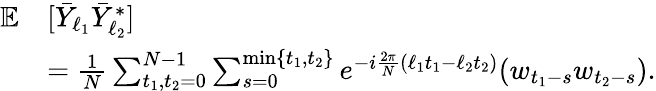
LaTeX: \begin{array}{rl}{{\mathbb E}}&{[\bar{Y}_{\ell_{1}}\bar{Y}_{\ell_{2}}^{*}]}\\ &{=\frac{1}{N}\sum_{t_{1},t_{2}=0}^{N-1}\sum_{s=0}^{\operatorname*{min}\{ t_{1},t_{2}\} }e^{-i\frac{2\pi}{N}(\ell_{1}t_{1}-\ell_{2}t_{2})}(w_{t_{1}-s}w_{t_{2}-s}).}\end{array}